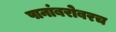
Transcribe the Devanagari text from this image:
पानांबरोबरच